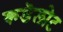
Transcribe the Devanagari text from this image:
कडॆलोट